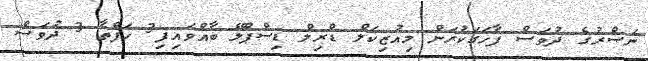
ނަޞްރުގެ ދުވަސް ފާހަގަކުރަން މިއުޒިކަލް ޑްރިލް ޑިސްޕްލޭ ބާއްވައިފި3 ހަފްތާ 3 ދުވަސް